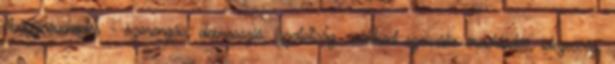
étvágynövekedés - szorongás, depresszió, izgatottság, csökkent szexuális érdeklődés, idegesség,